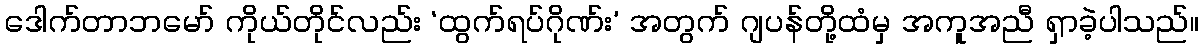
ဒေါက်တာဘမော် ကိုယ်တိုင်လည်း ‘ထွက်ရပ်ဂိုဏ်း’ အတွက် ဂျပန်တို့ထံမှ အကူအညီ ရှာခဲ့ပါသည်။